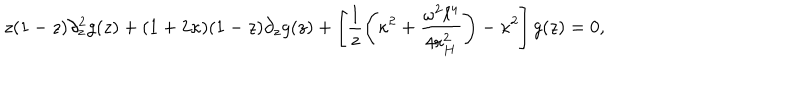
z ( 1 - z ) \partial _ { z } ^ { 2 } g ( z ) + ( 1 + 2 \kappa ) ( 1 - z ) \partial _ { z } g ( z ) + \left[ \frac { 1 } { z } \left( \kappa ^ { 2 } + \frac { \omega ^ { 2 } \ell ^ { 4 } } { 4 r _ { H } ^ { 2 } } \right) - \kappa ^ { 2 } \right] g ( z ) = 0 ,